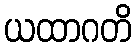
ယထာဂတိ